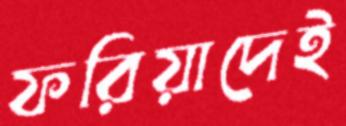
ফরিয়াদেই